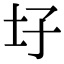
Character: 𡉗